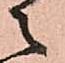
之